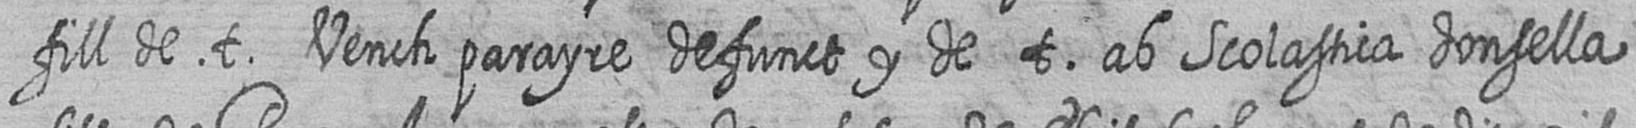
fill de t Vench parayre defunct y de t ab Scolastica donsella